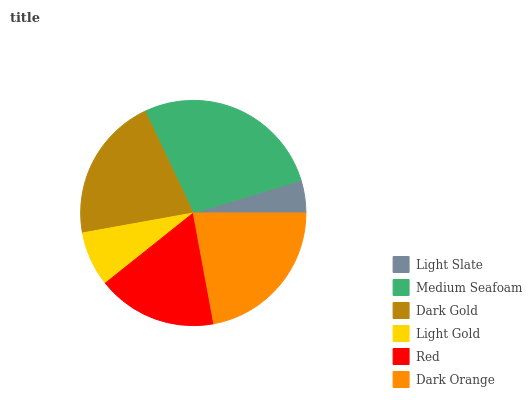
| Light Slate | Medium Seafoam | Dark Gold | Light Gold | Red | Dark Orange |
 | --- | --- | --- | --- | --- | --- |
 | 4.67% | 27.3% | 20.8% | 7.87% | 17.2% | 22.1% |